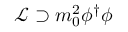
{ \mathcal { L } } \supset m _ { 0 } ^ { 2 } \phi ^ { \dagger } \phi